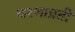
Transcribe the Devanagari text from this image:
चरणाप्रती